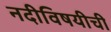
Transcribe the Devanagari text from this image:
नदीविषयीची